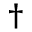
^ { \dag }